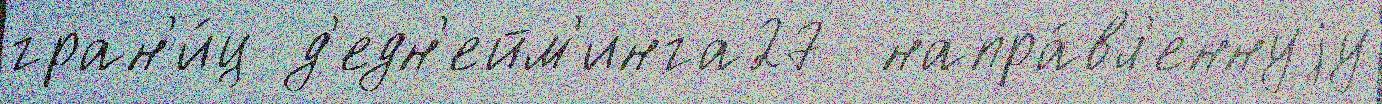
гран'и́ц д'едн'ейм'инга27  напра́вл'еннуjу